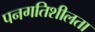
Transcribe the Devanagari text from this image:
पनगतिशीलता